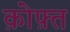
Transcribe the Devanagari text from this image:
क़ोफ़्त